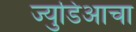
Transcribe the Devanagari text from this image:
ज्युडिआचा